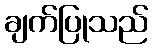
ချက်ပြုသည်